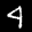
Label: 4